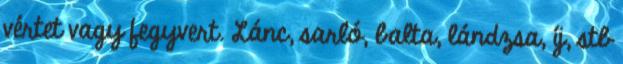
vértet vagy fegyvert. Lánc, sarló, balta, lándzsa, íj, stb